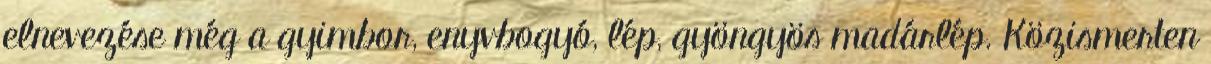
elnevezése még a gyimbor, enyvbogyó, lép, gyöngyös madárlép. Közismerten